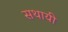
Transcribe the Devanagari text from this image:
सथायी